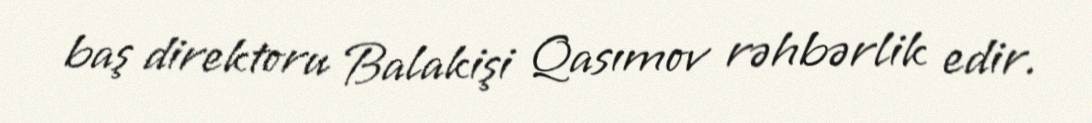
baş direktoru Balakişi Qasımov rəhbərlik edir.